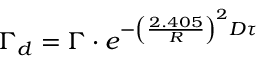
\Gamma _ { d } = \Gamma \cdot e ^ { - \left( \frac { 2 . 4 0 5 } { R } \right) ^ { 2 } D \tau }